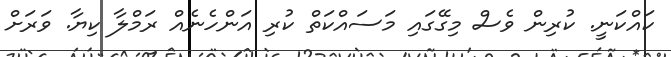
ކައްކަނީ. ކުރިން ވެސް މިގޭގައި މަސައްކަތް ކުރި އަންހެނެއް ރަމްލާ ކިޔާ. ވަރަށް